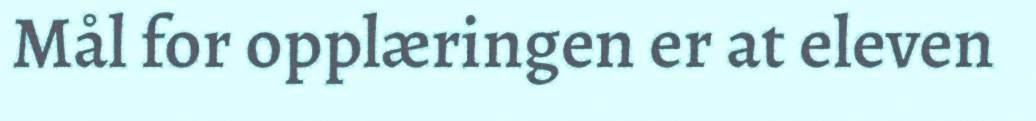
Mål for opplæringen er at eleven